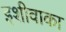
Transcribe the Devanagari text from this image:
इशीवाका